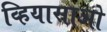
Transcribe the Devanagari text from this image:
व्हियासाओ